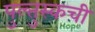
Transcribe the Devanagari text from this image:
पुल्तुस्कची